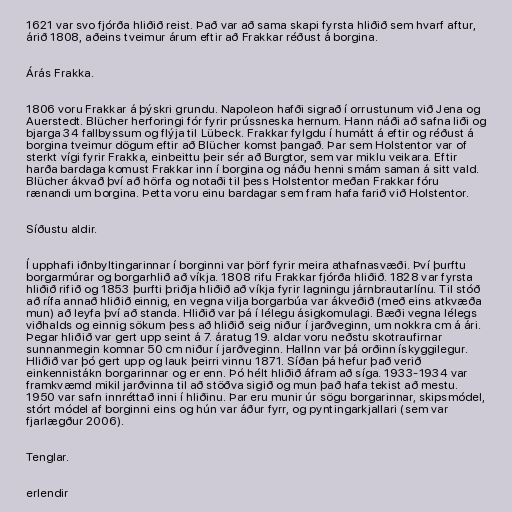
1621 var svo fjórða hliðið reist. Það var að sama skapi fyrsta hliðið sem hvarf aftur,
árið 1808, aðeins tveimur árum eftir að Frakkar réðust á borgina.

Árás Frakka.

1806 voru Frakkar á þýskri grundu. Napoleon hafði sigrað í orrustunum við Jena og
Auerstedt. Blücher herforingi fór fyrir prússneska hernum. Hann náði að safna liði og
bjarga 34 fallbyssum og flýja til Lübeck. Frakkar fylgdu í humátt á eftir og réðust á
borgina tveimur dögum eftir að Blücher komst þangað. Þar sem Holstentor var of
sterkt vígi fyrir Frakka, einbeittu þeir sér að Burgtor, sem var miklu veikara. Eftir
harða bardaga komust Frakkar inn í borgina og náðu henni smám saman á sitt vald.
Blücher ákvað því að hörfa og notaði til þess Holstentor meðan Frakkar fóru
rænandi um borgina. Þetta voru einu bardagar sem fram hafa farið við Holstentor.

Síðustu aldir.

Í upphafi iðnbyltingarinnar í borginni var þörf fyrir meira athafnasvæði. Því þurftu
borgarmúrar og borgarhlið að víkja. 1808 rifu Frakkar fjórða hliðið. 1828 var fyrsta
hliðið rifið og 1853 þurfti þriðja hliðið að víkja fyrir lagningu járnbrautarlínu. Til stóð
að rífa annað hliðið einnig, en vegna vilja borgarbúa var ákveðið (með eins atkvæða
mun) að leyfa því að standa. Hliðið var þá í lélegu ásigkomulagi. Bæði vegna lélegs
viðhalds og einnig sökum þess að hliðið seig niður í jarðveginn, um nokkra cm á ári.
Þegar hliðið var gert upp seint á 7. áratug 19. aldar voru neðstu skotraufirnar
sunnanmegin komnar 50 cm niður í jarðveginn. Hallnn var þá orðinn ískyggilegur.
Hliðið var þó gert upp og lauk þeirri vinnu 1871. Síðan þá hefur það verið
einkennistákn borgarinnar og er enn. Þó hélt hliðið áfram að síga. 1933-1934 var
framkvæmd mikil jarðvinna til að stöðva sigið og mun það hafa tekist að mestu.
1950 var safn innréttað inni í hliðinu. Þar eru munir úr sögu borgarinnar, skipsmódel,
stórt módel af borginni eins og hún var áður fyrr, og pyntingarkjallari (sem var
fjarlægður 2006).

Tenglar.

erlendir